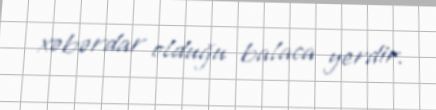
xəbərdar olduğu balaca yerdir.